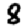
Digit: 8